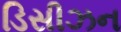
ડિસીઝન